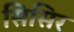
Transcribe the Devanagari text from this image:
सिसिर